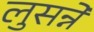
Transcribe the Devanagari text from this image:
लुसन्ने